Leaving Certificate Examination, 1911
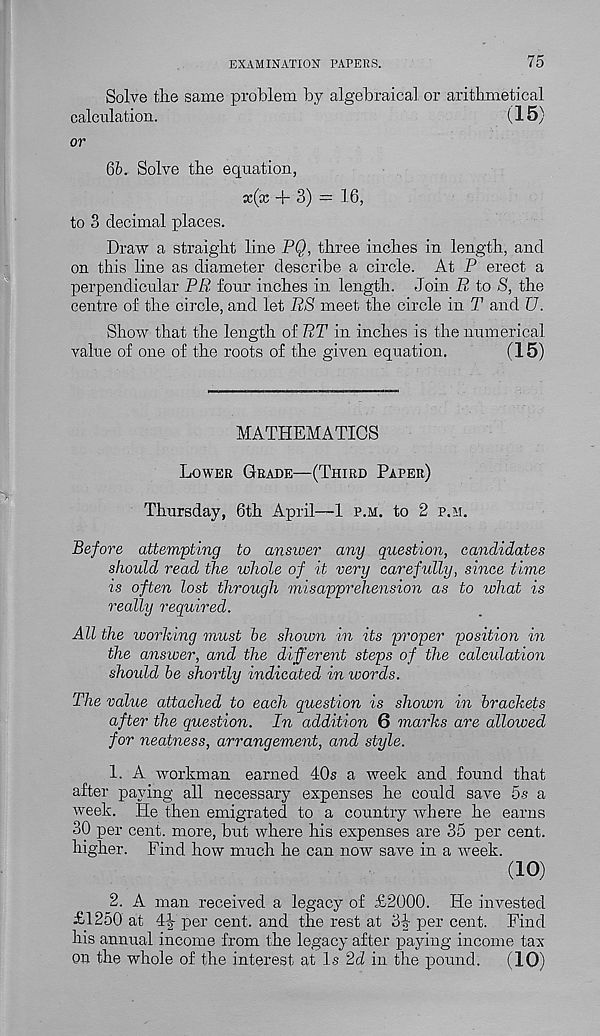
EXAMINATION PAPERS.
75
Solve the same problem by algebraical or arithmetical
calculation.
(15)
or
6b. Solve the equation,
x(x + 3) = 16,
to 3 decimal places.
Draw a straight line PQ, three inches in length, and
on this line as diameter describe a circle. At P erect a
perpendicular PR four inches in length. Join R to 8, the
centre of the circle, and let R8 meet the circle in T and U.
Show that the length of RT in inches is the numerical
value of one of the roots of the given equation.
(15)
MATHEMATICS
Lower Grade—(Third Paper)
Thursday, 6th April—-1 p.m. to 2 p.m.
Before attempting to ansioer any question, candidates
should read the whole of it very carefully, since time
is often lost through misapprehension as to what is
really required.
All the working must be shown in its proper position in
the answer, and the different steps of the calculation
shoidd be shortly indicated in words.
The value attached to each question is shown in brackets
after the question. In addition 6 marks are allowed
for neatness, arrangement, and style.
1. A workman earned 40s a week and found that
after paying all necessary expenses he could save 5s a
week. He then emigrated to a country where he earns
30 per cent, more, but where his expenses are 35 per cent,
higher. Find how much he can now save in a -week.
(10)
2. A man received a legacy of £2000. He invested
£1250 at 4^- per cent, and the rest at 3h per cent. Find
his annual income from the legacy after paying income tax
on the whole of the interest at Is 2d in the pound.
(10)